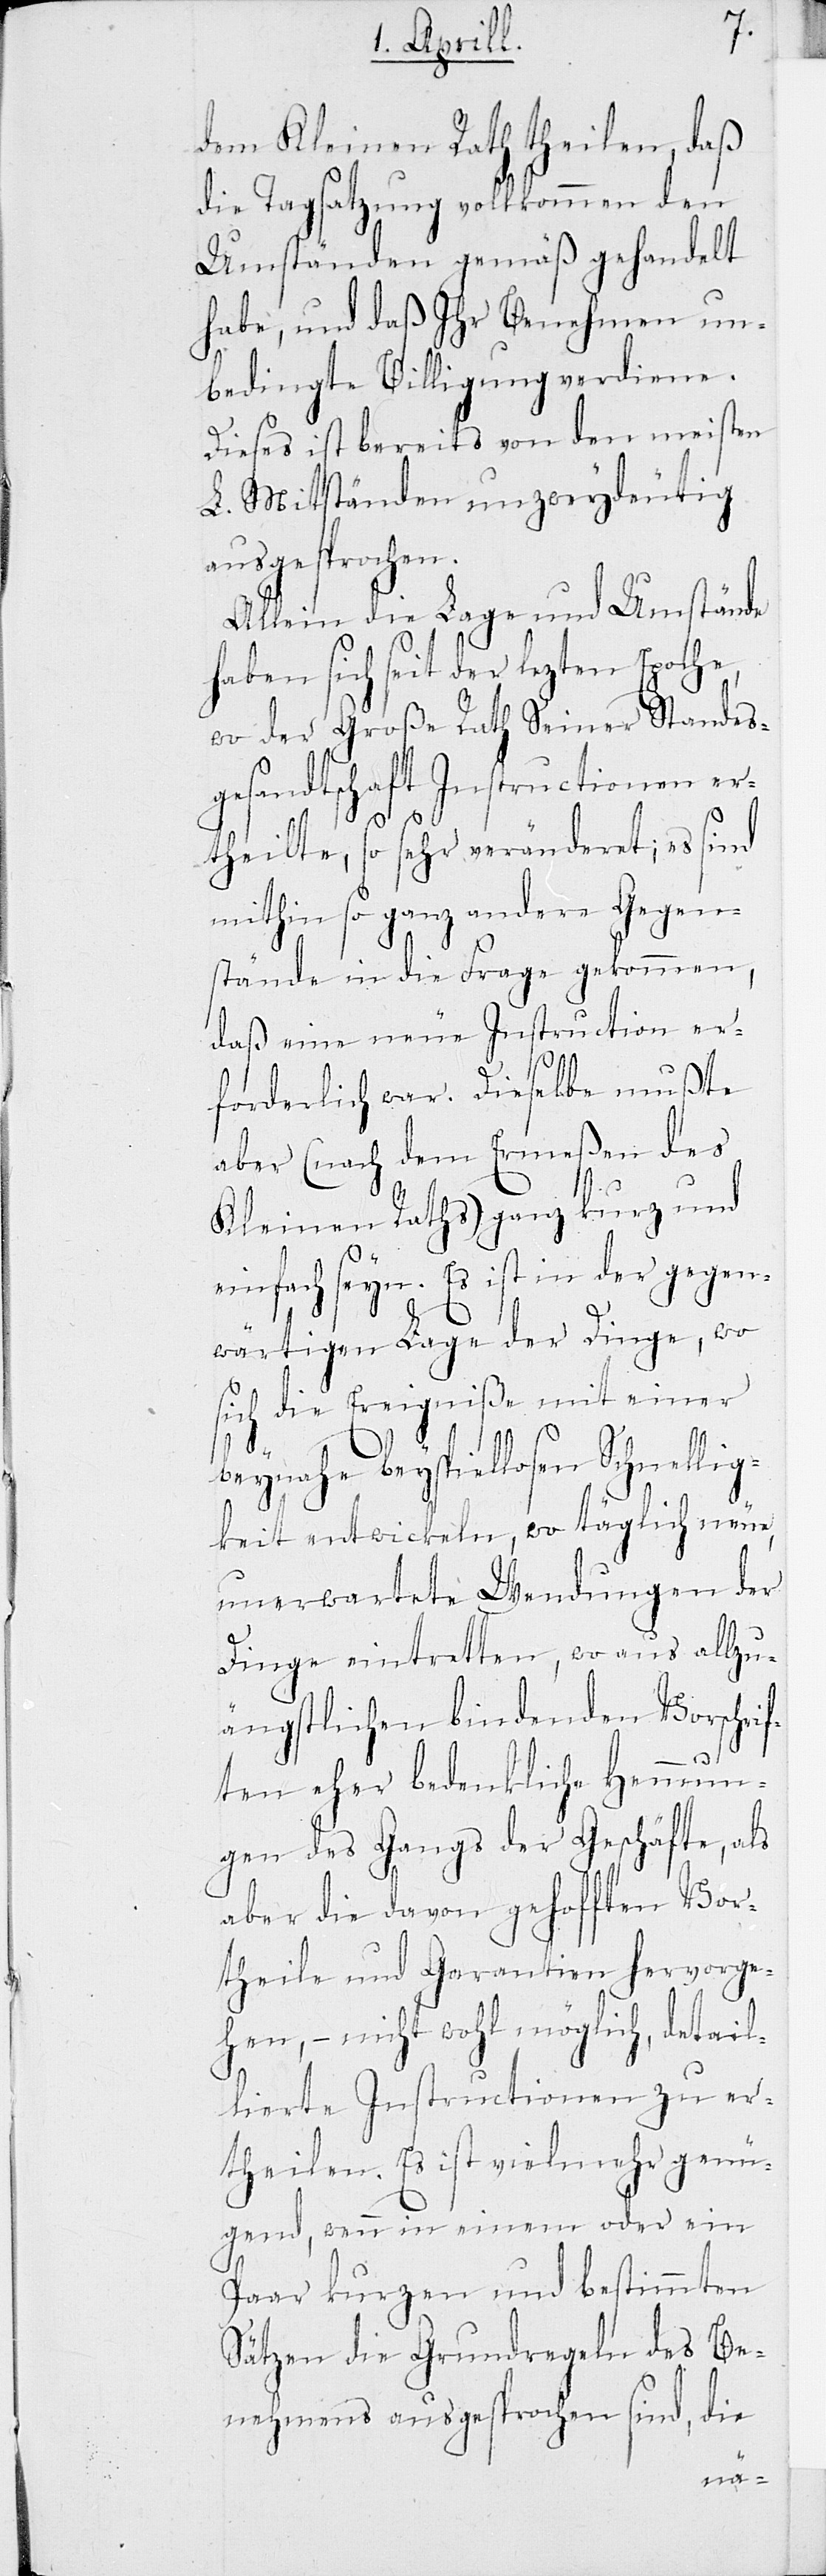
dem Kleinen Rath theilen, daß
die Tagsatzung vollkommen den
Umständen gemäß gehandelt
habe, und daß ihr Benehmen un¬
bedingte Billigung verdiene.
Dieses ist bereits von den meisten
L. Mitständen unzweydeutig
ausgesprochen.
Allein die Lage und die Umstände
haben sich seit der lezten Epoche,
wo der Große Rath Seiner Standes¬
gesandtschaft Instructionen er¬
theilte, so sehr veränderet; es sind
mithin so ganz andere Gegen¬
stände in die Frage gekommen,
daß eine neue Instruction er¬
forderlich war. Dieselbe mußte
aber (nach dem Ermeßen des
Kleinen Raths) ganz kurz und
einfach seyn. Es ist in der gegen¬
wärtigen Lage der Dinge, wo
sich die Ereigniße mit einer
beinahe beyspiellosen Schnellig¬
keit entwickeln, wo täglich neue,
unerwartete Wendungen der
Dinge eintretten, wo aus allzu¬
ängstlichen bindenden Vorschrif¬
ten eher bedenkliche Hemmun¬
gen des Gangs der Geschäfte, als
aber die davon gehofften Vor¬
theile und Garantien hervorge¬
hen, – nicht wohl möglich, detail¬
lierte Instructionen zu er¬
theilen. Es ist vielmehr genü¬
gend, wenn in einem oder ein
Paar kurzen und bestimmten
Sätzen die Grundregeln des Be¬
nehmens ausgesprochen sind, die